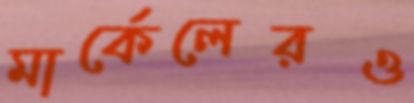
মার্কেলেরও